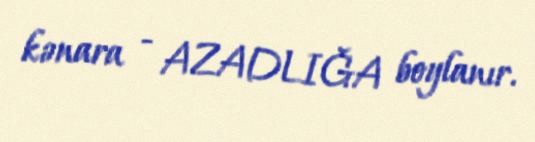
kənara - AZADLIĞA boylanır.